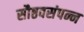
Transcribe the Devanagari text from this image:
सौष्ठवसंपन्न